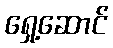
ရှေ့ဆောင်